Report of the Hyderabad Chloroform Commission
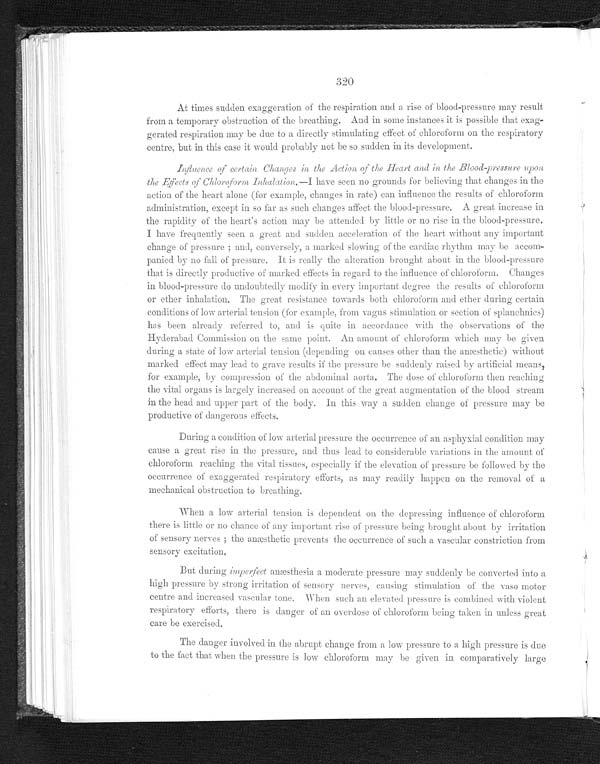
320
At times sudden exaggeration of the respiration and a rise of blood-pressure may result
from a temporary obstruction of the breathing. And in some instances it is possible that exag-
gerated respiration may be due to a directly stimulating effect of chloroform on the respiratory
centre, but in this case it would probably not be so sudden in its development.
Influence of certain Changes in the Action of the Heart and in the Blood-pressure upon
the Effects of Chloroform Inhalation .—I have seen no grounds for believing that changes in the
action of the heart alone (for example, changes in rate) can influence the results of chloroform
administration, except in so far as such changes affect the blood-pressure. A great increase in
the rapidity of the heart's action may be attended by little or no rise in the blood-pressure.
I have frequently seen a great and sudden acceleration of the heart without any important
change of pressure; and, conversely, a marked of the cardiac rhythm may be accom
- p a n i e d b y n o f a l l o f p r e s s u r e . I t i s r e a l l y t h e a l t e r a t i o n b r o u g h t a b o u t i n t h e b l o o d - p r e s s u r e
that is directly productive of marked effects in regard to the influence of chloroform. Changes
in blood-pressure do undoubtedly modify in every important degree the results of chloroform
or ether inhalation. The great resistance towards both chloroform and ether during certain
conditions of low arterial tension (for example, from vagus stimulation or section of splanchnics)
has been already referred to, and is quite in accordance with the observations of the
Hy d e r a b a d C o mmi s s i o n o n t h e s a me p o i n t . An a mo u n t o f c h l o r o f o r m wh i c h ma y b e g i v e n
during a state of low arterial tension. (depending on causes other than the anæsthetic) without
marked effect. may lead to grave results if the pressure be suddenly raised by artificial means,
for example, by compression of the abdominal aorta. The dose of chloroform then reaching
the vital organs is largely increased on account of the great augmentation of the blood stream
in the head and upper part of the body. In this way a sudden change of pressure may be
productive of dangerous effects.
During a condition of logy arterial pressure the occurrence of an asphyxial condition may
cause a great rise in the pressure, and thus lead to considerable variations in the amount of
chloroform reaching the vital tissues, especially if the elevation of pressure be followed by the
occurrence of exaggerated respiratory efforts, as may readily happen on the removal of a
mechanical obstruction to breathin
g .
When a low arterial tension is dependent on the depressing influence of chloroform
there is little or no chance of any important of pressure being brought about by irritation
of sensory nerves; the anæsthetic prevents the occurrence of such a vascular constriction from
sensory excitation
.
But during imperject anæsthesia a moderate pressure may suddenly be converted into a
high pressure by strong irritation of sensory nerves, causing stimulation of the vaso motor
-centre and increased vascular tone. when such an elevated pressure is combined with violent
respiratory efforts, there is danger of an overdose of chl
oroform being taken in unless great
care be exercised.
The danger involved in the abrupt change from a low pressure to a high pressure is due
t o t h e f a c t t h a t w h e n t h e p r e s s u r e i s l o w c h l o r o f o r m m a y b e g i v e n i n c o m p a r a t i v e l y l a r g e